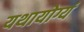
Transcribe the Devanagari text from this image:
यथायोग्यं